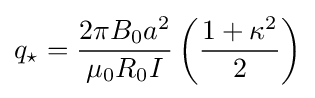
q_{\star }={\frac {2\pi B_{0}a^{2}}{\mu _{0}R_{0}I}}\left({\frac {1+\kappa ^{2}}{2}}\right)